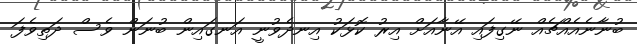
ބުނާނެއެއްޗެއް ނޭގިފައި އޭނާއަށް އިރު ކޮޅަކު އިނދެވުނީ އަނގައިން ބުނަން ވެސް ދަތިވެފަ